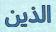
الذين